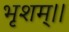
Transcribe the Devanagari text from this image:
भृशम्।।